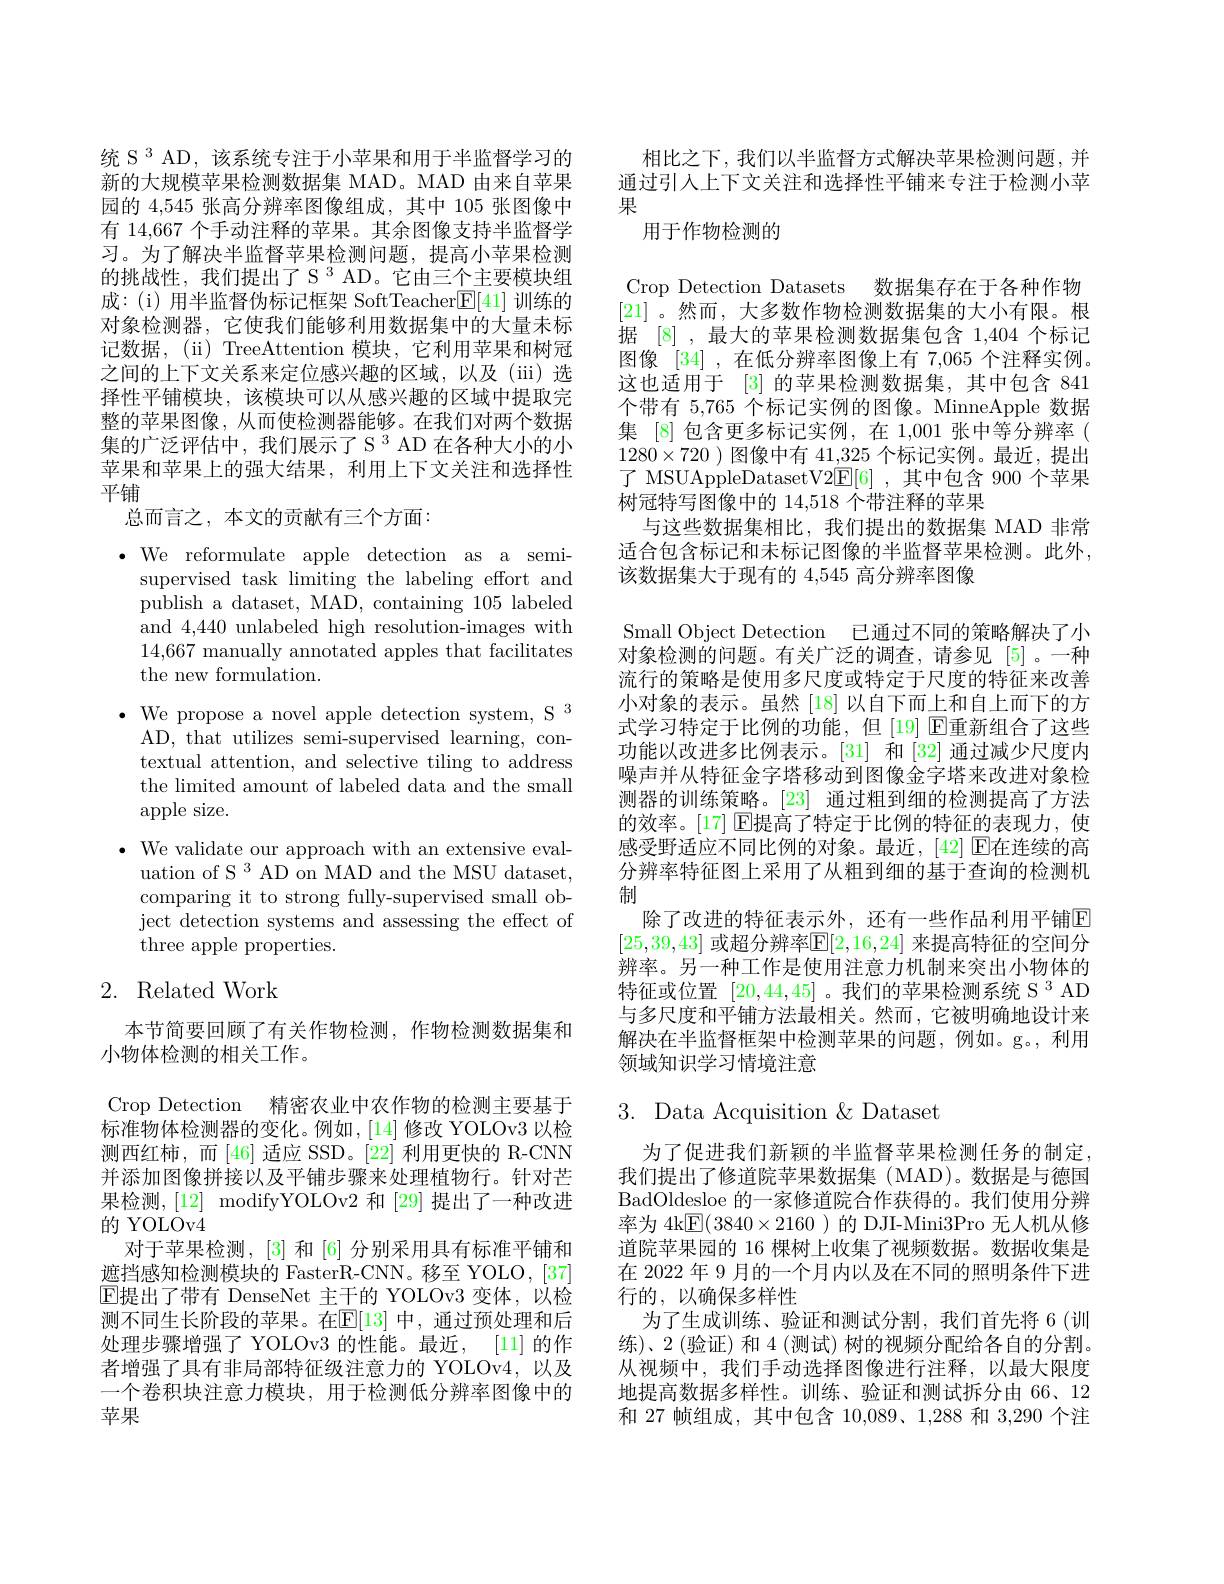
统 S 3 AD, 该系统专注于小苹果和用于半监督学习的新的大规模苹果检测数据集 MAD。MAD 由来自苹果园的 4,545 张高分辨率图像组成，其中 105 张图像中有 14,667 个手动注释的苹果。其余图像支持半监督学习。为了解决半监督苹果检测问题，提高小苹果检测的挑战性，我们提出了 S $^3$ AD。它由三个主要模块组成：(i) 用半监督伪标记框架 SoftTeacher$\boxed{\mathrm{F}}[41]$训练的对象检测器，它使我们能够利用数据集中的大量未标记数据，(ii) TreeAttention 模块，它利用苹果和树冠之间的上下文关系来定位感兴趣的区域，以及(iii)选择性平铺模块，该模块可以从感兴趣的区域中提取完整的苹果图像，从而使检测器能够。在我们对两个数据$集的广泛评估中，我们展示了S^3AD在各种大小的小$ 苹果和苹果上的强大结果，利用上下文关注和选择性平铺

总而言之，本文的贡献有三个方面：

$\bullet$ We reformulate apple detection as a semi-
supervised task limiting the labeling effort and publish a dataset, MAD, containing 105 labeled and 4,440 unlabeled high resolution-images with 14,667 manually annotated apples that facilitates the new formulation.
$\bullet$ We propose a novel apple detection system, S 3
AD, that utilizes semi-supervised learning, contextual attention, and selective tiling to address the limited amount of labeled data and the small apple size.
$\bullet$ We validate our approach with an extensive eval-
uation of S $^3$ AD on MAD and the MSU dataset, comparing it to strong fully-supervised small object detection systems and assessing the effect of three apple properties.
2. Related Work

本节简要回顾了有关作物检测，作物检测数据集和
小物体检测的相关工作。
Crop Detection 精密农业中农作物的检测主要基于标准物体检测器的变化。例如，[14]修改 YOLOv3 以检测西红柿，而[46] 适应 SSD。[22] 利用更快的 R-CNN 并添加图像拼接以及平铺步骤来处理植物行。针对芒果检测，[12] modifyYOLOv2 和[29] 提出了一种改进的 YOLOv4
对于苹果检测，[3] 和[6] 分别采用具有标准平铺和遮挡感知检测模块的 FasterR-CNN。移至 YOLO, [37] $\operatorname{E\text{提出了带有 DenseNet 主干的 YOLOv3 变体，以检}}$ 测不同生长阶段的苹果。在$\mathbb{E}[13]$ 中，通过预处理和后处理步骤增强了 YOLOv3 的性能。最近，[11] 的作者增强了具有非局部特征级注意力的 YOLOv4, 以及一个卷积块注意力模块，用于检测低分辨率图像中的苹果

相比之下，我们以半监督方式解决苹果检测问题，并通过引人上下文关注和选择性平铺来专注于检测小苹果
用于作物检测的

Crop Detection Datasets 数据集存在于各种作物[21] 。然而，大多数作物检测数据集的大小有限。根据 [8] ,最大的苹果检测数据集包含 1,404 个标记图像 [34] ,在低分辨率图像上有 7,065 个注释实例。这也适用于[3]的苹果检测数据集，其中包含 841个带有 5,765 个标记实例的图像。MinneApple 数据集 [8] 包含更多标记实例，在 1,001 张中等分辨率( $1280\times720$ )图像中有 41,325 个标记实例。最近，提出了 MSUAppleDatasetV$2\underline{\mathrm{E}}[6]$,其中包含 900 个苹果树冠特写图像中的 14,518 个带注释的苹果
与这些数据集相比，我们提出的数据集 MAD 非常适合包含标记和未标记图像的半监督苹果检测。此外， 该数据集大于现有的 4,545 高分辨率图像
Small Object Detection 已通过不同的策略解决了小对象检测的问题。有关广泛的调查，请参见[5]。一种流行的策略是使用多尺度或特定于尺度的特征来改善小对象的表示。虽然[18]以自下而上和自上而下的方式学习特定于比例的功能，但[19] $\operatorname{E\text{重新组合了这些}}$ 功能以改进多比例表示。[31] 和 [32] 通过减少尺度内噪声并从特征金字塔移动到图像金字塔来改进对象检测器的训练策略。[23] 通过粗到细的检测提高了方法的效率。[17] $\operatorname{E}$提高了特定于比例的特征的表现力，使感受野适应不同比例的对象。最近，[42] $\operatorname{E\text{在连续的高}}$ 分辨率特征图上采用了从粗到细的基于查询的检测机制
除了改进的特征表示外，还有一些作品利用平铺$\overline{\mathrm{E}}$ [25,39,43] 或超分辨率$\mathbb{E}[2,16,24]$ 来提高特征的空间分辨率。另一种工作是使用注意力机制来突出小物体的特征或位置[20,44,45] 。我们的苹果检测系统 S 3 AD 与多尺度和平铺方法最相关。然而，它被明确地设计来解决在半监督框架中检测苹果的问题，例如。g。,利用领域知识学习情境注意

## 3. Data Acquisition $\&$ Dataset

为了促进我们新颖的半监督苹果检测任务的制定， 我们提出了修道院苹果数据集(MAD)。数据是与德国BadOldesloe 的一家修道院合作获得的。我们使用分辨率为 4k$\underline{\mathrm{E}}(3840\times2160$ )的 DJI-Mini3Pro 无人机从修道院苹果园的 16 棵树上收集了视频数据。数据收集是在 2022 年 9 月的一个月内以及在不同的照明条件下进行的，以确保多样性
为了生成训练、验证和测试分割，我们首先将 6(训练)、2(验证)和4(测试)树的视频分配给各自的分割。从视频中，我们手动选择图像进行注释，以最大限度地提高数据多样性。训练、验证和测试拆分由 66、12和 27 帧组成，其中包含 10,089、1,288 和 3,290 个注